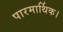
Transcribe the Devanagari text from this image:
पारमार्थिक।